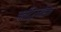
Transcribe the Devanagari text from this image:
जतींद्रमोहन